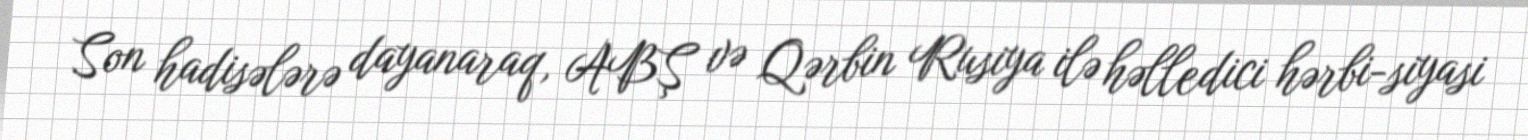
Son hadisələrə dayanaraq, ABŞ və Qərbin Rusiya ilə həlledici hərbi-siyasi